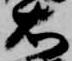
右